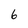
Character: 6